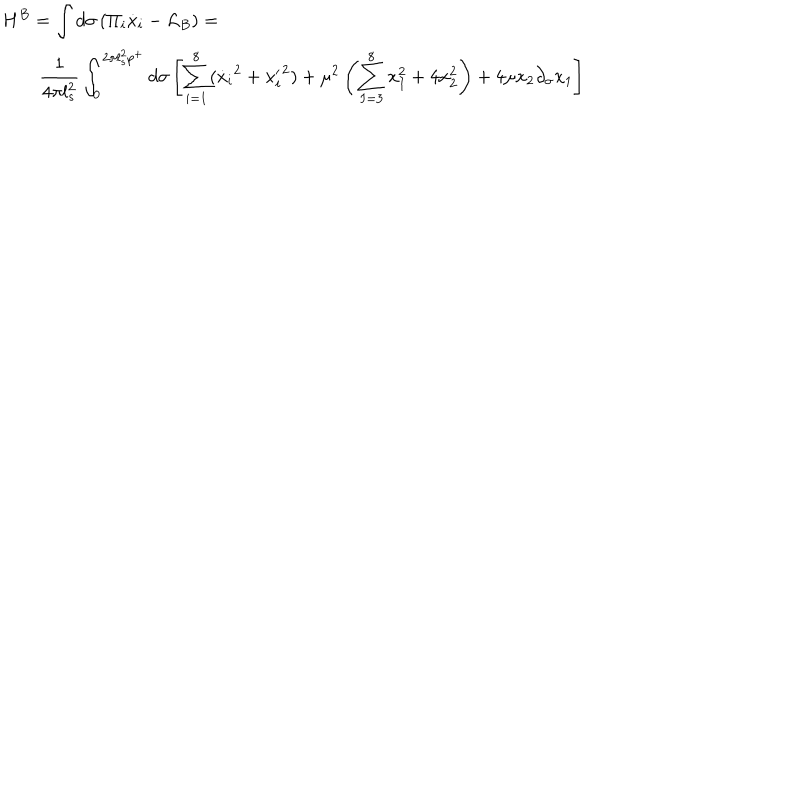
\begin{array} { l } { { \displaystyle { H ^ { B } = \int d \sigma \left( \Pi _ { i } \dot { x } _ { i } - \mathcal { L } _ { B } \right) = } } } \\ { { \displaystyle { \qquad \frac { 1 } { 4 \pi l _ { s } ^ { 2 } } \int _ { 0 } ^ { 2 \pi l _ { s } ^ { 2 } p ^ { + } } d \sigma \left[ \sum _ { i = 1 } ^ { 8 } ( { \dot { x } _ { i } } ^ { 2 } + { { x } _ { i } ^ { \prime } } ^ { 2 } ) + \mu ^ { 2 } \left( \sum _ { I = 3 } ^ { 8 } x _ { I } ^ { 2 } + 4 x _ { 2 } ^ { 2 } \right) + 4 \mu x _ { 2 } \partial _ { \sigma } x _ { 1 } \right] } } } \\ \end{array}